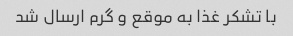
با تشکر غذا به موقع و گرم ارسال شد